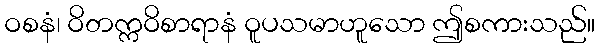
ဝစနံ၊ ဝိတက္ကဝိစာရာနံ ဝူပသမာဟူသော ဤစကားသည်။